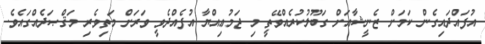
އުފައްދައިގެން ކަމަށް ޒެނީޝާއަށް ގަބޫލުކުރެއްވޭތީ މި ޖަމުޢިއްޔާ އުފެއްދެވީ ވަރަށް މަތިވެރި މަޤްޞަދެއްގައެވެ.